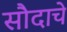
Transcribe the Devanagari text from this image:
सौदाचे